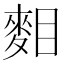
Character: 𪌔